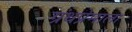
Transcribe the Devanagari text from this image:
ग्रंथप्रेमाला